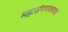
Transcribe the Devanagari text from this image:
महासंगणकाचा